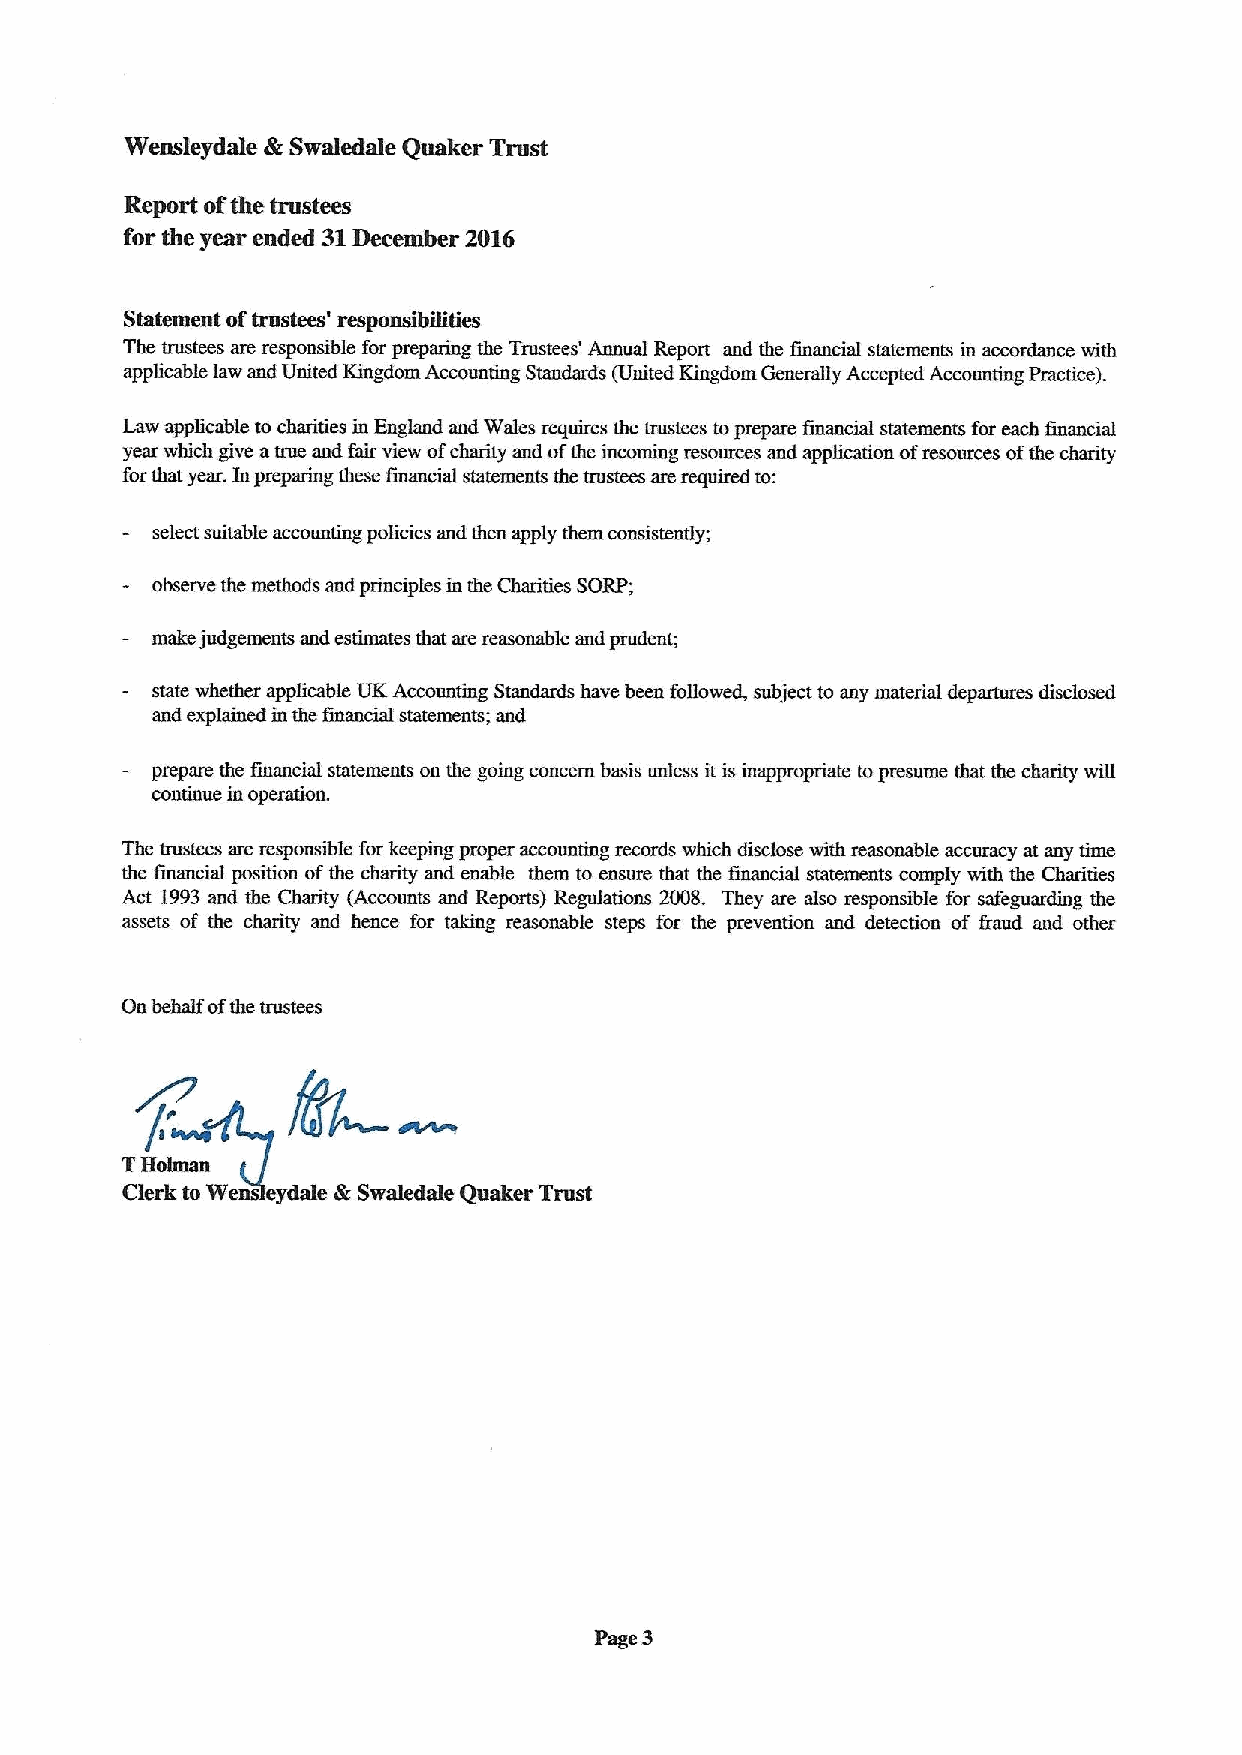
Wensleydale fk Swaledale Quaker Trust
 Report ofthe trustees
 for the year ended 31December 21)16
 Statement oftrustees' responsibiTities
 The trustees are responsible for preparing the Trustees' Annual Report and the financial statements in accordance with
 applicable law and United Kingdom Accounting Standards (United Kingdom Generally Accepted Accounting Practice).
 Law applicable to charities in England and Wales requires the trustees toprepam financia statements for each financial
 year which give atrue and fair view ofcharity and ofthe incoming resources and application ofresources ofthe charity
 forthat year. Inpreparing these fmancial statements the trustees are required to:
 select suitable accounting policies and then apply them consistently;
 observe the methods and principles in the Charities SORP;
 make judgements and estimates that are reasonable and prudent;
 state whether applicable UKAccounting Standards have been foBowed, subject to any material departures disclosed
 aud explamed m the financial statements; and
 prepare the financial statements on the going concern basis unless itis inappropriate topresume that the charity wIII
 continue in operation.
 The trustees are responsible for keeping pmper accoundng records which disclose with reasonable accuracy at any time
 the financial position ofthe charity and enable them to ensure that the financial statements comply with the Charities
 Act 1993and the Charity (Accounts and Reports) Regulations 2008. They are also responsible for safeguarding the
 assets of the charity and hence for taking reasonable steps for the prevention and detection of fraud and other
 On behd fofthe trustees
 THolman
 Clerk toWe eydale &Swaledale Quaker Trust
 3
 Page